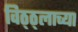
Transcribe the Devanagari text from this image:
विठ्ठ्लाच्या